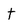
Character: t